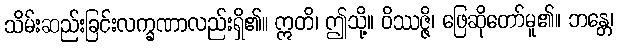
သိမ်းဆည်းခြင်းလက္ခဏာလည်းရှိ၏။ ဣတိ၊ ဤသို့။ ဝိဿဇ္ဇိ၊ ဖြေဆိုတော်မူ၏။ ဘန္တေ၊